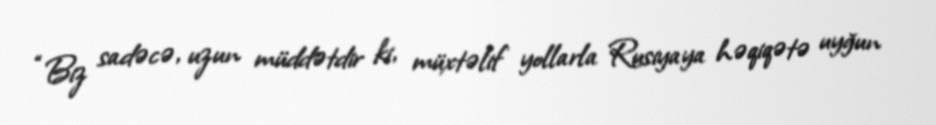
“Biz sadəcə, uzun müddətdir ki, müxtəlif yollarla Rusiyaya həqiqətə uyğun